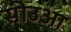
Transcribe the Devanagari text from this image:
सीउआ